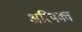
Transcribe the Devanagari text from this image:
अरिपक्व